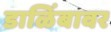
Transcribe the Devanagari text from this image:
डाळिंबावर